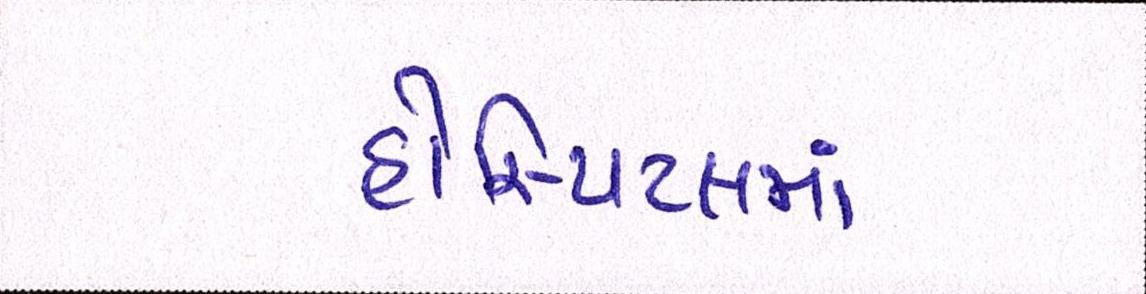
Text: હોસ્પિટલમાં